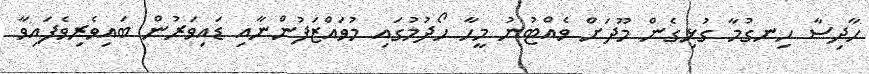
ހާދިސާ ހިނގުމާ ގުޅިގެން މޫދަށް ވެއްޓުނު މީހާ ހޯދުމުގައި މުވައްޒަފުންނާއި ޑައިވަރުން ބައިވެރިވެފައިވާ